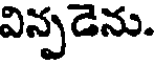
విన్పడెను.